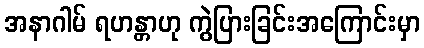
အနာဂါမ် ရဟန္တာဟု ကွဲပြားခြင်းအကြောင်းမှာ